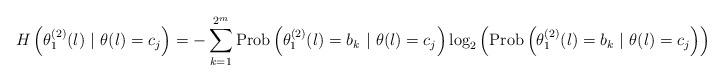
LaTeX: \begin{align*}H\left(\theta^{(2)}_{1}(l) ~|~ \theta(l) = c_{j}\right) = - \sum_{k = 1}^{2^{m}} \mbox{Prob}\left(\theta^{(2)}_{1}(l) = b_{k} ~| ~\theta(l) = c_{j}\right)\mbox{log}_{2}\left(\mbox{Prob}\left(\theta^{(2)}_{1}(l) = b_{k} ~| ~\theta(l) = c_{j}\right)\right)\end{align*}